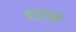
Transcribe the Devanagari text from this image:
एतच्च